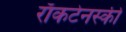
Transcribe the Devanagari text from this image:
राॅकटेनस्की